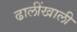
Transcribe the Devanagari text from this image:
ढालींखाली